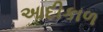
આદીકાળ